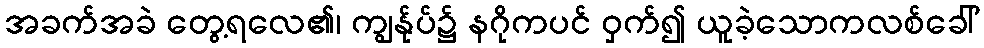
အခက်အခဲ တွေ့ရလေ၏၊ ကျွန်ုပ်၌ နဂိုကပင် ဝှက်၍ ယူခဲ့သောကလစ်ခေါ်